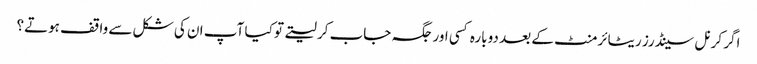
اگر کرنل سینڈرز ریٹائرمنٹ کے بعد دوبارہ کسی اور جگہ جاب کر لیتے تو کیا آپ ان کی شکل سے واقف ہوتے؟